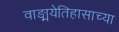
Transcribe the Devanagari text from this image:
वाङ्मयेतिहासाच्या